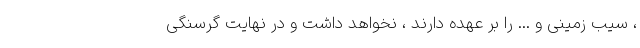
، سیب زمینی و ... را بر عهده دارند ، نخواهد داشت و در نهایت گرسنگی